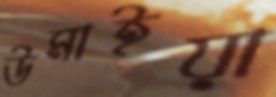
উমাইয়া